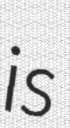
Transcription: is